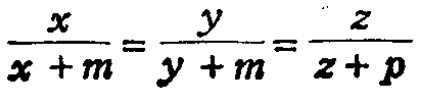
\frac{x}{x + m}=\frac{y}{y + m}=\frac{z}{z + p}